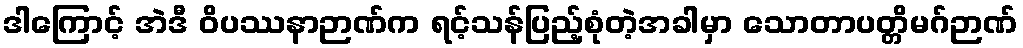
ဒါကြောင့် အဲဒီ ဝိပဿနာဉာဏ်က ရင့်သန်ပြည့်စုံတဲ့အခါမှာ သောတာပတ္တိမဂ်ဉာဏ်